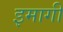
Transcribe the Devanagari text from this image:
इमागी